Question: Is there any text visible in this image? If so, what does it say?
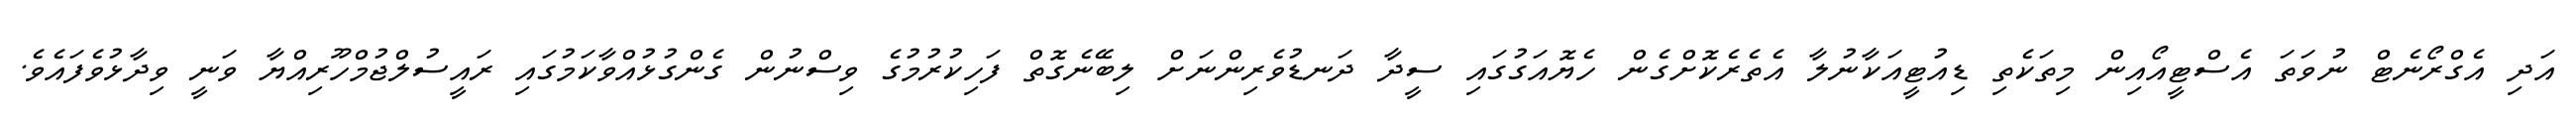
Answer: އަދި އެގްރޯނެޓް ނުވަތަ އެސްޓީއޯއިން މިތަކެތި ޑިއުޓީއަކާނުލާ އެތެރެކޮށްގެން ހެޔޮއަގުގައި ސީދާ ދަނޑުވެރިންނަށް ލިބޭނެގޮތް ފަހިކުރުމުގެ ވިސްނުން ގެންގުޅުއްވާކަމުގައި ރައީސުލްޖުމްހޫރިއްޔާ ވަނީ ވިދާޅުވެފައެވެ.